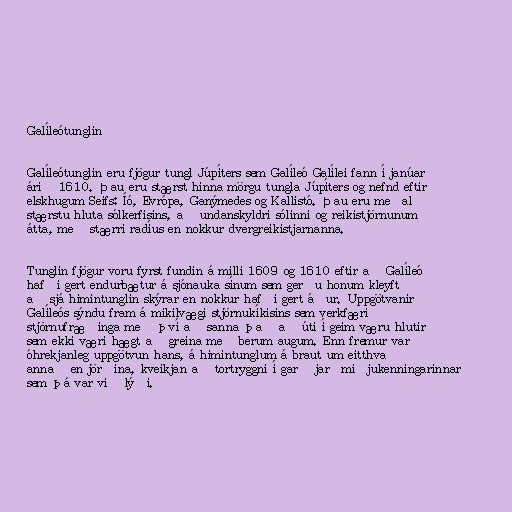
Galíleótunglin

Galíleótunglin eru fjögur tungl Júpíters sem Galíleó Galílei fann í janúar
árið 1610. Þau eru stærst hinna mörgu tungla Júpíters og nefnd eftir
elskhugum Seifs: Íó, Evrópa, Ganýmedes og Kallistó. Þau eru meðal
stærstu hluta sólkerfisins, að undanskyldri sólinni og reikistjörnunum
átta, með stærri radíus en nokkur dvergreikistjarnanna.

Tunglin fjögur voru fyrst fundin á milli 1609 og 1610 eftir að Galíleó
hafði gert endurbætur á sjónauka sínum sem gerðu honum kleyft
að sjá himintunglin skýrar en nokkur hafði gert áður. Uppgötvanir
Galíleós sýndu fram á mikilvægi stjörnukíkisins sem verkfæri
stjörnufræðinga með því að sanna það að úti í geim væru hlutir
sem ekki væri hægt að greina með berum augum. Enn fremur var
óhrekjanleg uppgötvun hans, á himintunglum á braut um eitthvað
annað en jörðina, kveikjan að tortryggni í garð jarðmiðjukenningarinnar
sem þá var við lýði.